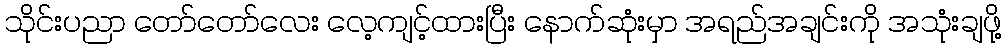
သိုင်းပညာ တော်တော်လေး လေ့ကျင့်ထားပြီး နောက်ဆုံးမှာ အရည်အချင်းကို အသုံးချဖို့